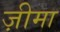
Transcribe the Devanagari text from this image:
ज़ीमा